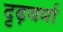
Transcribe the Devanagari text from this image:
दृढ़वर्मा